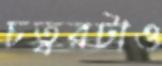
চত্বরটাও